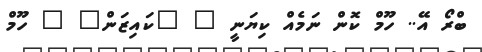
ބްރޯ އޭ.. ހޫމް ކޮން ނަމެއް ކިޔަނީ " "ކައިޒަން" " ހޫމް